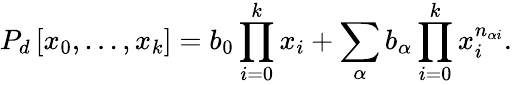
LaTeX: P_{d}\left[x_{0},...,x_{k}\right]=b_{0}\prod_{i=0}^{k}x_{i}+\sum_{\alpha}b_{\alpha}\prod_{i=0}^{k}x_{i}^{n_{\alpha i}}.